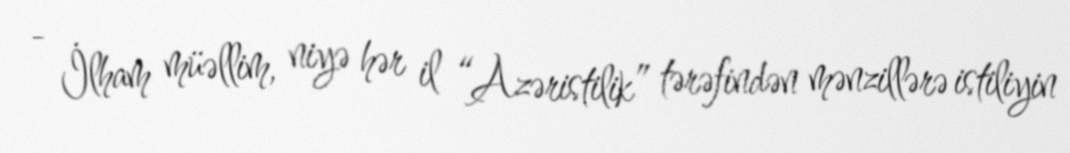
- İlham müəllim, niyə hər il “Azəristilik” tərəfindən mənzillərə istiliyin